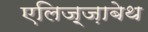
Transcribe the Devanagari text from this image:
एलिज़्ज़ाबेथ